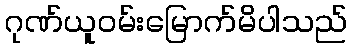
ဂုဏ်ယူဝမ်းမြောက်မိပါသည်